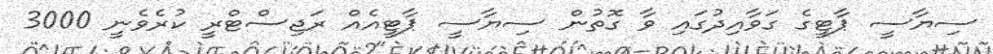
ސިޔާސީ ޕާޓީގެ ގަވާއިދުގައި ވާ ގޮތުން ސިޔާސީ ޕާޓީއެއް ރަޖިސްޓްރީ ކުރެވެނީ 3000